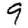
Digit: 9